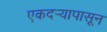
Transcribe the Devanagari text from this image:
एकदर्‍यापासून